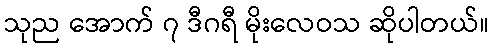
သုည အောက် ၇ ဒီဂရီ မိုးလေဝသ ဆိုပါတယ်။